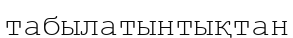
табылатынтықтан